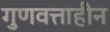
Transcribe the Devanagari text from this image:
गुणवत्ताहीन